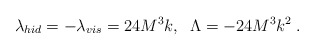
\begin{align*}\lambda _{hid}=-\lambda _{vis}=24M^3k,\;\;\Lambda =-24M^3k^2\;.\end{align*}